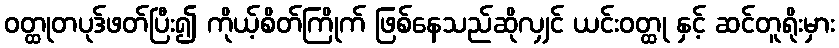
ဝတ္ထုတပုဒ်ဖတ်ပြီး၍ ကိုယ့်စိတ်ကြိုက် ဖြစ်နေသည်ဆိုလျှင် ယင်းဝတ္ထု နှင့် ဆင်တူရိုးမှား